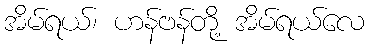
အိမ်ရယ်၊ ဟန်ဗန်တို့ အိမ်ရယ်လေ